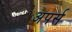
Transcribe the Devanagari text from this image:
अपर्स